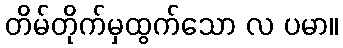
တိမ်တိုက်မှထွက်သော လ ပမာ။